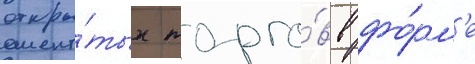
откры́тых торго́в в фо́рм'е